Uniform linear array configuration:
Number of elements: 64
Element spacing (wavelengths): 0.5
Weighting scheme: kaiser
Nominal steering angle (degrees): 0
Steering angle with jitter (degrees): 1.363
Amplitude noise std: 0.05
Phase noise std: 0.05

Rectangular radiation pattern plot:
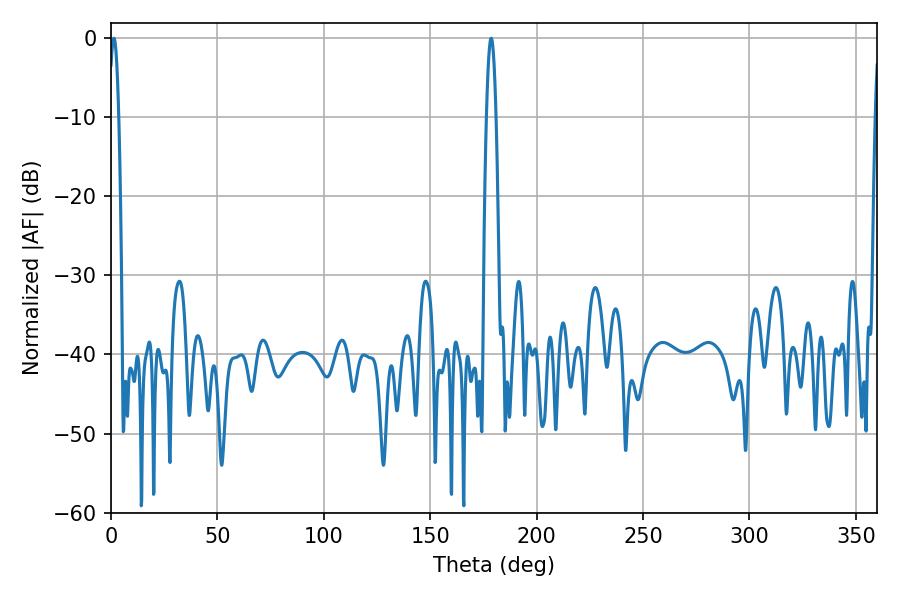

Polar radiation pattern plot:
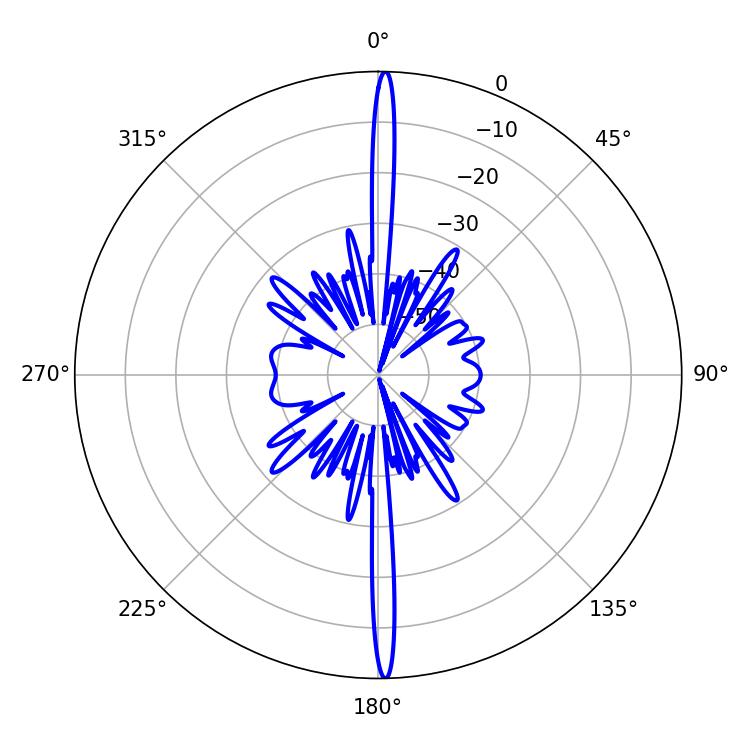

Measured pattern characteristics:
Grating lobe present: FALSE
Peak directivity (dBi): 29.677
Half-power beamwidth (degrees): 2.34
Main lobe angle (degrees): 178.56